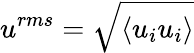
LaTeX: u^{rms}=\sqrt{\left\langle u_{i}u_{i}\right\rangle}